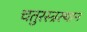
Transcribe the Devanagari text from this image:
चतुरस्त्रस्थान